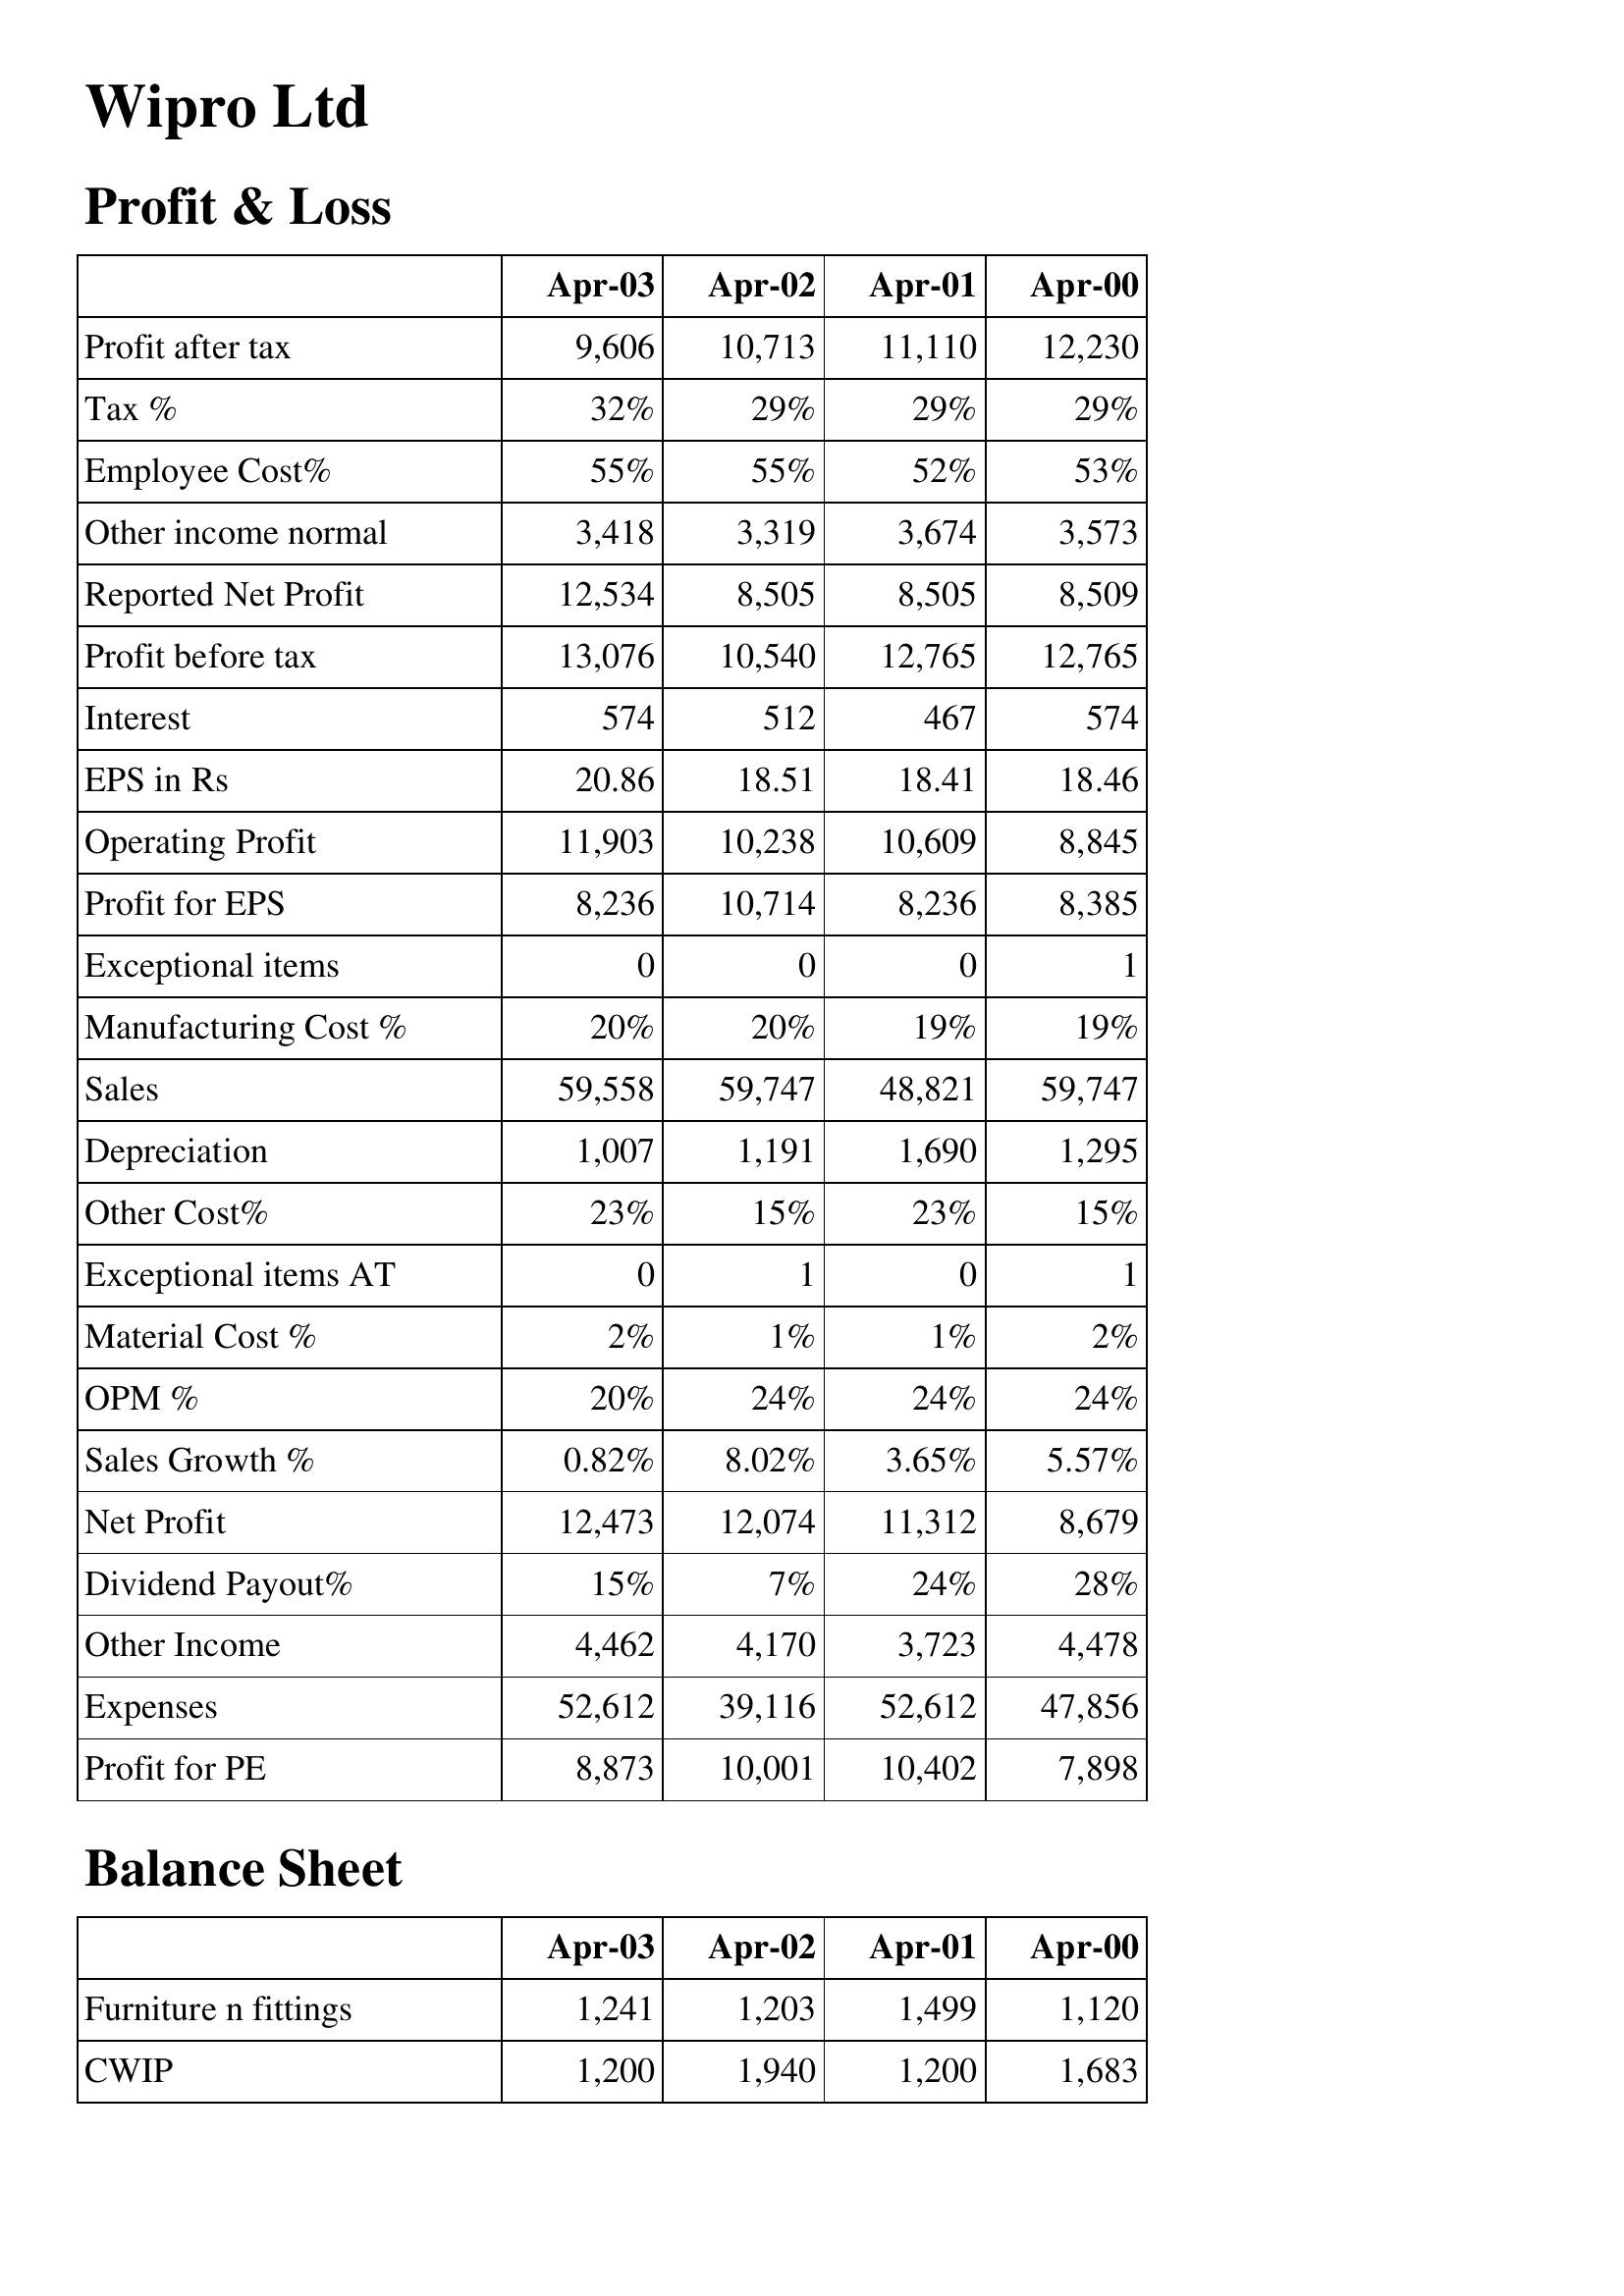
Apr-03: Profit & Loss: Profit after tax: 9,606
Tax %: 32%
Employee Cost%: 55%
Other income normal: 3,418
Reported Net Profit: 12,534
Profit before tax: 13,076
Interest: 574
EPS in Rs: 20.86
Operating Profit: 11,903
Profit for EPS: 8,236
Exceptional items: 0
Manufacturing Cost %: 20%
Sales: 59,558
Depreciation: 1,007
Other Cost%: 23%
Exceptional items AT: 0
Material Cost %: 2%
OPM %: 20%
Sales Growth %: 0.82%
Net Profit: 12,473
Dividend Payout%: 15%
Other Income: 4,462
Expenses: 52,612
Profit for PE: 8,873
Balance Sheet: Furniture n fittings: 1,241
CWIP: 1,200
Apr-02: Profit & Loss: Profit after tax: 10,713
Tax %: 29%
Employee Cost%: 55%
Other income normal: 3,319
Reported Net Profit: 8,505
Profit before tax: 10,540
Interest: 512
EPS in Rs: 18.51
Operating Profit: 10,238
Profit for EPS: 10,714
Exceptional items: 0
Manufacturing Cost %: 20%
Sales: 59,747
Depreciation: 1,191
Other Cost%: 15%
Exceptional items AT: 1
Material Cost %: 1%
OPM %: 24%
Sales Growth %: 8.02%
Net Profit: 12,074
Dividend Payout%: 7%
Other Income: 4,170
Expenses: 39,116
Profit for PE: 10,001
Balance Sheet: Furniture n fittings: 1,203
CWIP: 1,940
Apr-01: Profit & Loss: Profit after tax: 11,110
Tax %: 29%
Employee Cost%: 52%
Other income normal: 3,674
Reported Net Profit: 8,505
Profit before tax: 12,765
Interest: 467
EPS in Rs: 18.41
Operating Profit: 10,609
Profit for EPS: 8,236
Exceptional items: 0
Manufacturing Cost %: 19%
Sales: 48,821
Depreciation: 1,690
Other Cost%: 23%
Exceptional items AT: 0
Material Cost %: 1%
OPM %: 24%
Sales Growth %: 3.65%
Net Profit: 11,312
Dividend Payout%: 24%
Other Income: 3,723
Expenses: 52,612
Profit for PE: 10,402
Balance Sheet: Furniture n fittings: 1,499
CWIP: 1,200
Apr-00: Profit & Loss: Profit after tax: 12,230
Tax %: 29%
Employee Cost%: 53%
Other income normal: 3,573
Reported Net Profit: 8,509
Profit before tax: 12,765
Interest: 574
EPS in Rs: 18.46
Operating Profit: 8,845
Profit for EPS: 8,385
Exceptional items: 1
Manufacturing Cost %: 19%
Sales: 59,747
Depreciation: 1,295
Other Cost%: 15%
Exceptional items AT: 1
Material Cost %: 2%
OPM %: 24%
Sales Growth %: 5.57%
Net Profit: 8,679
Dividend Payout%: 28%
Other Income: 4,478
Expenses: 47,856
Profit for PE: 7,898
Balance Sheet: Furniture n fittings: 1,120
CWIP: 1,683